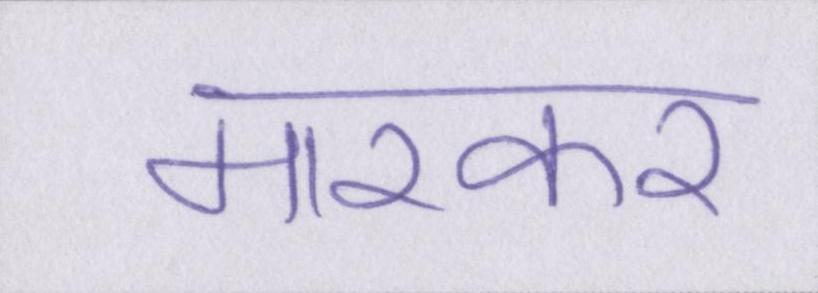
मारकर